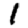
Digit: 1